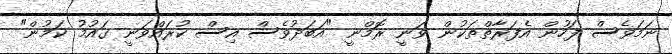
ނަމަވެސް ފަހުން އެފަރާތްތަކުން ވަނީ ރޮމްނީ "އަބަދުވެސް އިސް ކުރައްވަނީ ގައުމު ކަމުން"